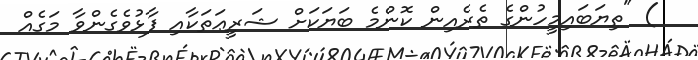
) "ތިޔަބައިމީހުންގެ ތެރެއިން ކޮންމެ ބަޔަކަށް ޝަރީޢަތަކާއި ފާޅުވެގެންވާ މަގެއް